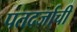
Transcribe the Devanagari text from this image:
पतदर्जाची